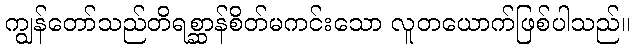
ကျွန်တော်သည်တိရစ္ဆာန်စိတ်မကင်းသော လူတယောက်ဖြစ်ပါသည်။